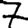
Digit: 7